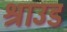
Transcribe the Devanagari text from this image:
श्राउड